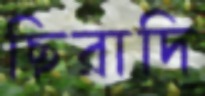
ছিরাদি